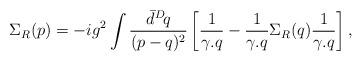
LaTeX: \begin{align*}\Sigma_R(p)=-ig^2\int\frac{\bar{d}^D\!q}{(p-q)^2}\left[ \frac{1}{\gamma.q}- \frac{1}{\gamma.q}\Sigma_R(q)\frac{1}{\gamma.q} \right],\end{align*}